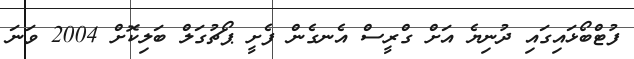
ފުޓްބޯޅައިގައި ދުނިޔެ އަށް ގްރީސް އެނގެން ފެށީ ޕޯޗުގަލް ބަލިކޮށް 2004 ވަނަ